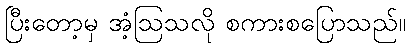
ပြီးတော့မှ အံ့ဩသလို စကားစပြောသည်။